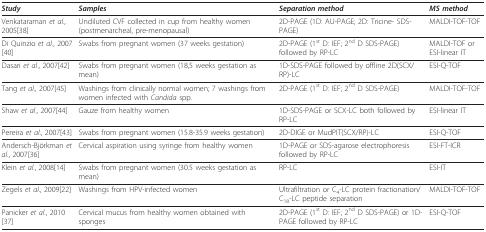
| Study | Samples | Separation method | MS method |
 | --- | --- | --- | --- |
 | Venkataraman et al., 2005[38] | Undiluted CVF collected in cup from healthy women (postmenarcheal, pre-menopausal) | 2D-PAGE (1D: AU-PAGE; 2D: Tricine- SDS-PAGE) | MALDI-TOF-TOF |
 | Di Quinzio et al., 2007[40] | Swabs from pregnant women (37 weeks gestation) | 2D-PAGE (1st D: IEF; 2nd D SDS-PAGE) followed by RP-LC | MALDI-TOF or ESI-linear IT |
 | Dasari et al., 2007[42] | Swabs from pregnant women (18,5 weeks gestation as mean) | 1D-SDS-PAGE followed by offline 2D(SCX/RP)-LC | ESI-Q-TOF |
 | Tang et al., 2007[45] | Washings from clinically normal women; 7 washings from women infected with Candida spp. | 2D-PAGE (1st D: IEF; 2nd D SDS-PAGE) | MALDI-TOF-TOF |
 | Shaw et al., 2007[44] | Gauze from healthy women | 1D-SDS-PAGE or SCX-LC both followed by RP-LC | ESI-linear IT |
 | Pereira et al., 2007[43] | Swabs from pregnant women (15.8-35.9 weeks gestation) | 2D-DIGE or MudPIT(SCX/RP)-LC | ESI-Q-TOF |
 | Andersch-Björkman et al., 2007[36] | Cervical aspiration using syringe from healthy women | 1D-PAGE or SDS-agarose electrophoresis followed by RP-LC | ESI-FT-ICR |
 | Klein et al., 2008[14] | Swabs from pregnant women (30.5 weeks gestation as mean) | RP-LC | ESI-IT |
 | Zegels et al., 2009[22] | Washings from HPV-infected women | Ultrafiltration or C4-LC protein fractionation/C18-LC peptide separation | MALDI-TOF-TOF |
 | Panicker et al., 2010[37] | Cervical mucus from healthy women obtained with sponges | 2D-PAGE (1st D: IEF; 2nd D SDS-PAGE) or 1D-PAGE followed by RP-LC | ESI-Q-TOF |